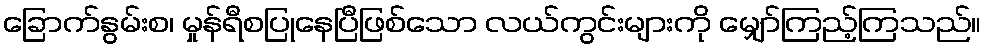
ခြောက်နွမ်းစ၊ မှုန်ရီစပြုနေပြီဖြစ်သော လယ်ကွင်းများကို မျှော်ကြည့်ကြသည်။